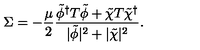
\Sigma = - { \frac { \mu } { 2 } } { \frac { \tilde { \phi } ^ { \dagger } T \tilde { \phi } + \tilde { \chi } T \tilde { \chi } ^ { \dagger } } { | \tilde { \phi } | ^ { 2 } + | \tilde { \chi } | ^ { 2 } } } .